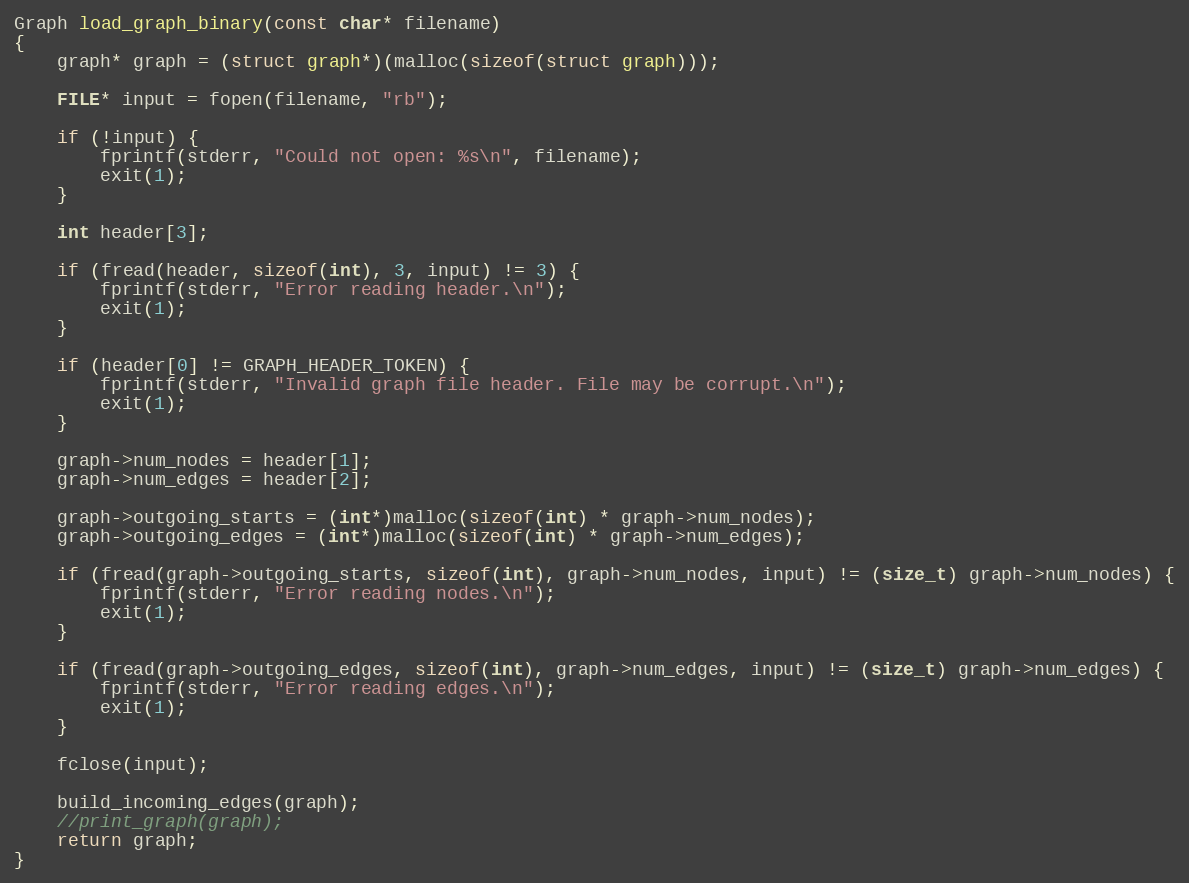
Language: C++
Graph load_graph_binary(const char* filename)
{
    graph* graph = (struct graph*)(malloc(sizeof(struct graph)));

    FILE* input = fopen(filename, "rb");

    if (!input) {
        fprintf(stderr, "Could not open: %s\n", filename);
        exit(1);
    }

    int header[3];

    if (fread(header, sizeof(int), 3, input) != 3) {
        fprintf(stderr, "Error reading header.\n");
        exit(1);
    }

    if (header[0] != GRAPH_HEADER_TOKEN) {
        fprintf(stderr, "Invalid graph file header. File may be corrupt.\n");
        exit(1);
    }

    graph->num_nodes = header[1];
    graph->num_edges = header[2];

    graph->outgoing_starts = (int*)malloc(sizeof(int) * graph->num_nodes);
    graph->outgoing_edges = (int*)malloc(sizeof(int) * graph->num_edges);

    if (fread(graph->outgoing_starts, sizeof(int), graph->num_nodes, input) != (size_t) graph->num_nodes) {
        fprintf(stderr, "Error reading nodes.\n");
        exit(1);
    }

    if (fread(graph->outgoing_edges, sizeof(int), graph->num_edges, input) != (size_t) graph->num_edges) {
        fprintf(stderr, "Error reading edges.\n");
        exit(1);
    }

    fclose(input);

    build_incoming_edges(graph);
    //print_graph(graph);
    return graph;
}